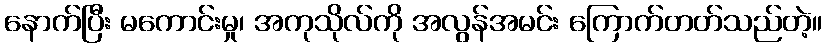
နောက်ပြီး မကောင်းမှု၊ အကုသိုလ်ကို အလွန်အမင်း ကြောက်တတ်သည်တဲ့။